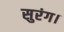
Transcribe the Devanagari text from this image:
सुरंग।